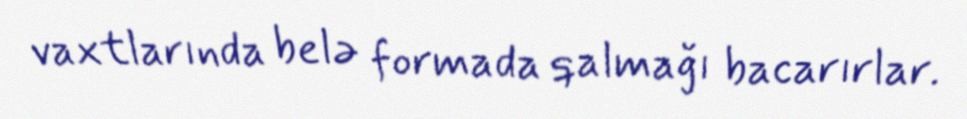
vaxtlarında belə formada qalmağı bacarırlar.